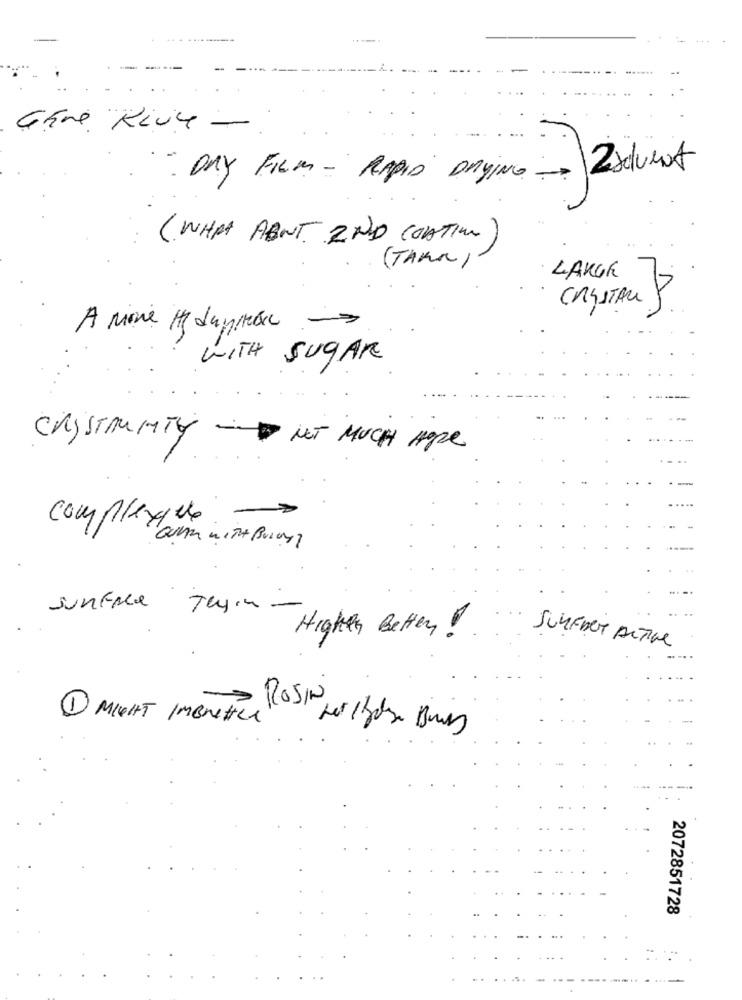
-----
......
Gere Kivy -
2xdumot
DAY FILM - RAPID DRYING -
( WHAT ABOUT 2ND COATION)
(TAKa )
LARGE
CRYSTAL
A More He daystax
WITH SUGAR
CRYSTALTY - NOT MUCH Hope
complexede-
Surface Tayin- Highty Better !
SURFACT DETIne
1 MIGHT IMeretica (0) Les Bare Bones
2072851728